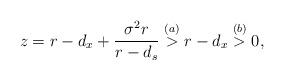
LaTeX: \begin{align*} z = r-d_x + \frac{\sigma^2r}{r - d_s} \stackrel{(a)}{>} r-d_x \stackrel{(b)}{>} 0,\end{align*}